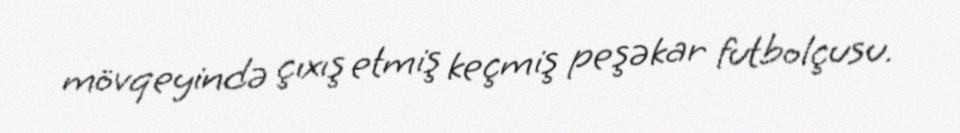
mövqeyində çıxış etmiş keçmiş peşəkar futbolçusu.